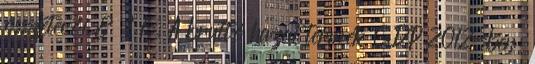
összetevői 8 1 1. A bruttó hazai termék GDP 2012-ben: